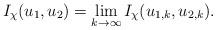
LaTeX: \begin{align*}I_\chi(u_1,u_2)=\lim_{k \to \infty}I_{\chi}(u_{1,k}, u_{2,k}).\end{align*}